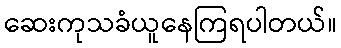
ဆေးကုသခံယူနေကြရပါတယ်။